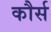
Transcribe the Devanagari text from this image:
कौर्स